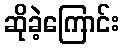
ဆိုခဲ့ကြောင်း